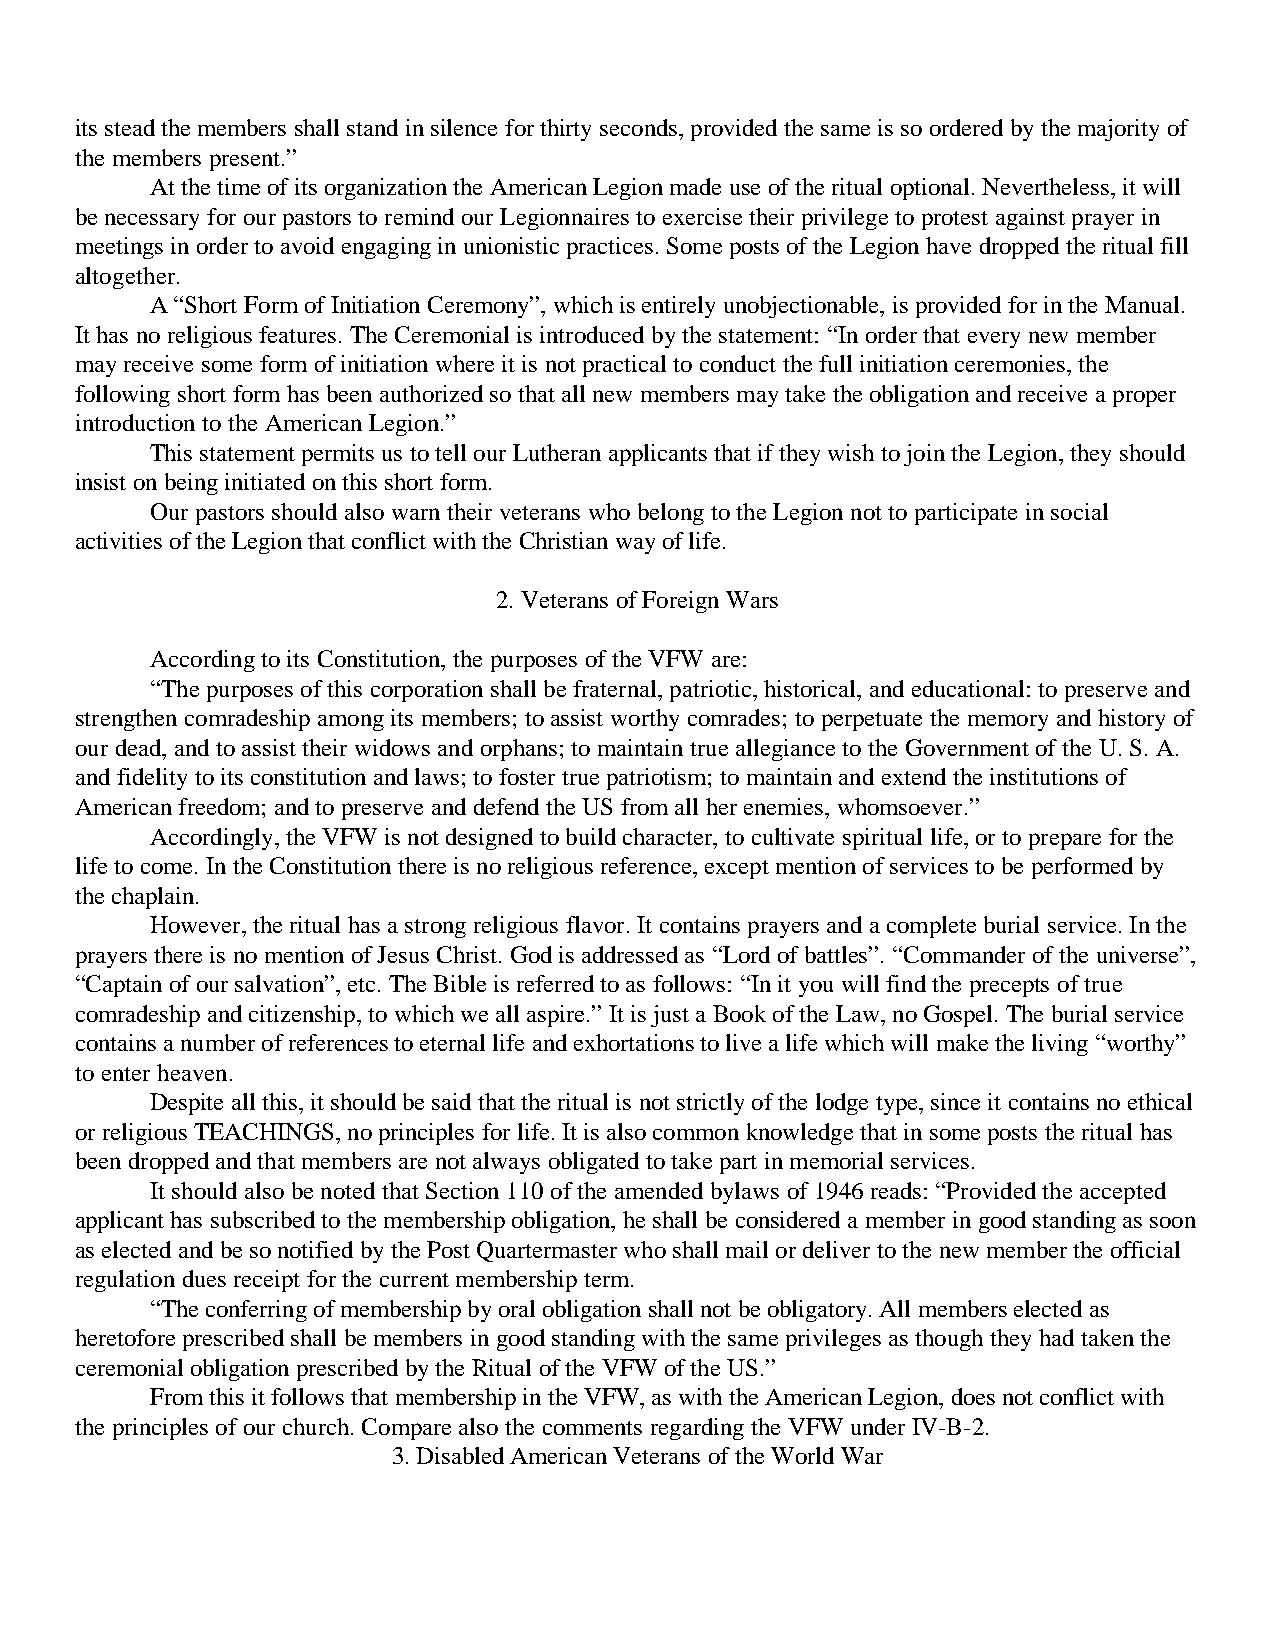
its stead the members shall stand in silence for thirty seconds, provided the same is so ordered by the majority of
 the members present.”
 At the time of its organization the American Legion made use of the ritual optional. Nevertheless, it will
 be necessary for our pastors to remind our Legionnaires to exercise their privilege to protest against prayer in
 meetings in order to avoid engaging in unionistic practices. Some posts of the Legion have dropped the ritual fill
 altogether.
 A “Short Form of Initiation Ceremony”, which is entirely unobjectionable, is provided for in the Manual.
 It has no religious features. The Ceremonial is introduced by the statement: “In order that every new member
 may receive some form of initiation where it is not practical to conduct the full initiation ceremonies, the
 following short form has been authorized so that all new members may take the obligation and receive a proper
 introduction to the American Legion.”
 This statement permits us to tell our Lutheran applicants that if they wish to join the Legion, they should
 insist on being initiated on this short form.
 Our pastors should also warn their veterans who belong to the Legion not to participate in social
 activities of the Legion that conflict with the Christian way of life.
 2. Veterans of Foreign Wars
 According to its Constitution, the purposes of the VFW are:
 “The purposes of this corporation shall be fraternal, patriotic, historical, and educational: to preserve and
 strengthen comradeship among its members; to assist worthy comrades; to perpetuate the memory and history of
 our dead, and to assist their widows and orphans; to maintain true allegiance to the Government of the U. S. A.
 and fidelity to its constitution and laws; to foster true patriotism; to maintain and extend the institutions of
 American freedom; and to preserve and defend the US from all her enemies, whomsoever.”
 Accordingly, the VFW is not designed to build character, to cultivate spiritual life, or to prepare for the
 life to come. In the Constitution there is no religious reference, except mention of services to be performed by
 the chaplain.
 However, the ritual has a strong religious flavor. It contains prayers and a complete burial service. In the
 prayers there is no mention of Jesus Christ. God is addressed as “Lord of battles”. “Commander of the universe”,
 “Captain of our salvation”, etc. The Bible is referred to as follows: “In it you will find the precepts of true
 comradeship and citizenship, to which we all aspire.” It is just a Book of the Law, no Gospel. The burial service
 contains a number of references to eternal life and exhortations to live a life which will make the living “worthy”
 to enter heaven.
 Despite all this, it should be said that the ritual is not strictly of the lodge type, since it contains no ethical
 or religious TEACHINGS, no principles for life. It is also common knowledge that in some posts the ritual has
 been dropped and that members are not always obligated to take part in memorial services.
 It should also be noted that Section 110 of the amended bylaws of 1946 reads: “Provided the accepted
 applicant has subscribed to the membership obligation, he shall be considered a member in good standing as soon
 as elected and be so notified by the Post Quartermaster who shall mail or deliver to the new member the official
 regulation dues receipt for the current membership term.
 “The conferring of membership by oral obligation shall not be obligatory. All members elected as
 heretofore prescribed shall be members in good standing with the same privileges as though they had taken the
 ceremonial obligation prescribed by the Ritual of the VFW of the US.”
 From this it follows that membership in the VFW, as with the American Legion, does not conflict with
 the principles of our church. Compare also the comments regarding the VFW under IV-B-2.
 3. Disabled American Veterans of the World War